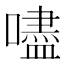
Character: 嚍